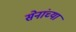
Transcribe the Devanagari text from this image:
सेनांच्या